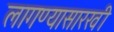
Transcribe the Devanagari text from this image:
लागण्यासारखी